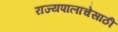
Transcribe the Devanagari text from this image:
राज्यपालांचेसाठी